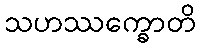
သဟဿက္ခောတိ